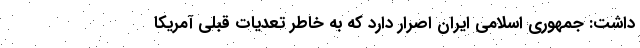
داشت: جمهوری اسلامی ایران اصرار دارد که به خاطر تعدیات قبلی آمریکا